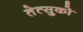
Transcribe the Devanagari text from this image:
तेत्सुको